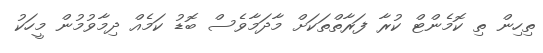
ތިހިން ތި ކޮމެންޓް ކުރާ ފަރާތްތަކަށް މާދަމާވެސް ބޮޑު ކަމެއް ދިމާވުމުން މީހަކު